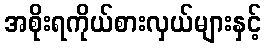
အစိုးရကိုယ်စားလှယ်များနှင့်